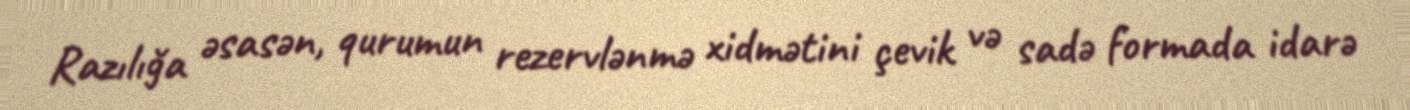
Razılığa əsasən, qurumun rezervlənmə xidmətini çevik və sadə formada idarə